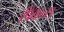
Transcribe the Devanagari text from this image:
पिकल्स